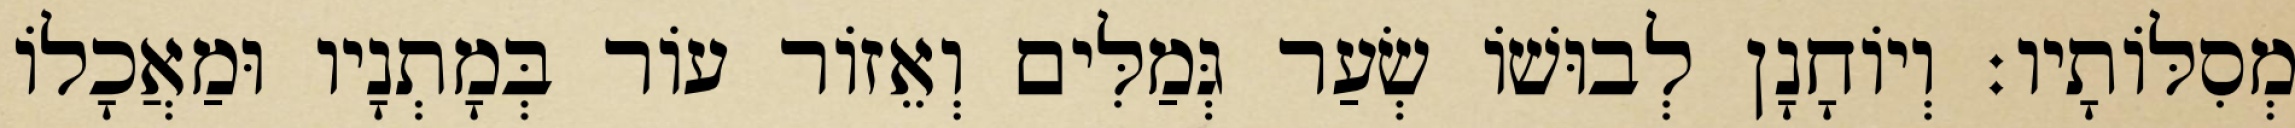
מְסִלּוֹתָיו׃ וְיוֹחָנָן לְבוּשׁוֹ שְׂעַר גְּמַלִּים וְאֵזוֹר עוֹר בְּמָתְנָיו וּמַאֲכָלוֹ